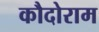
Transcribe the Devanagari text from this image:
कौदोराम